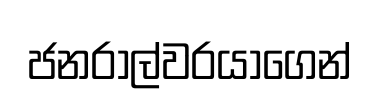
ජනරාල්වරයාගෙන්